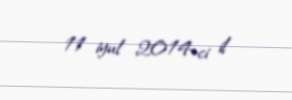
11 iyul 2014-ci il